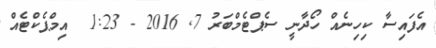
އެފައިސާ ކިހިނެއް ހޯދާނީ ސެޕްޓެމްބަރު 7